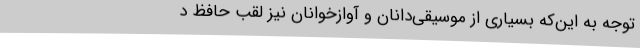
توجه به این‌که بسیاری از موسیقی‌دانان و آوازخوانان نیز لقب حافظ د